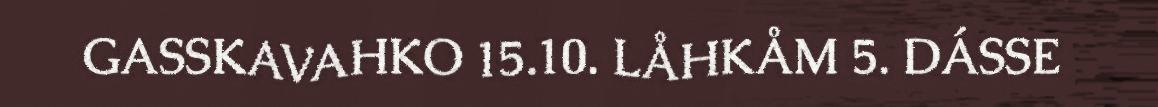
GASSKAVAHKO 15.10. LÅHKÅM 5. DÁSSE